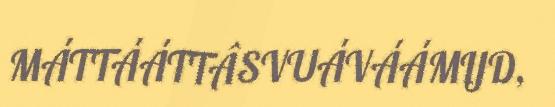
MÁTTÁÁTTÂSVUÁVÁÁMIJD,